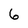
Character: 6